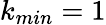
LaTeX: k_{min}=1